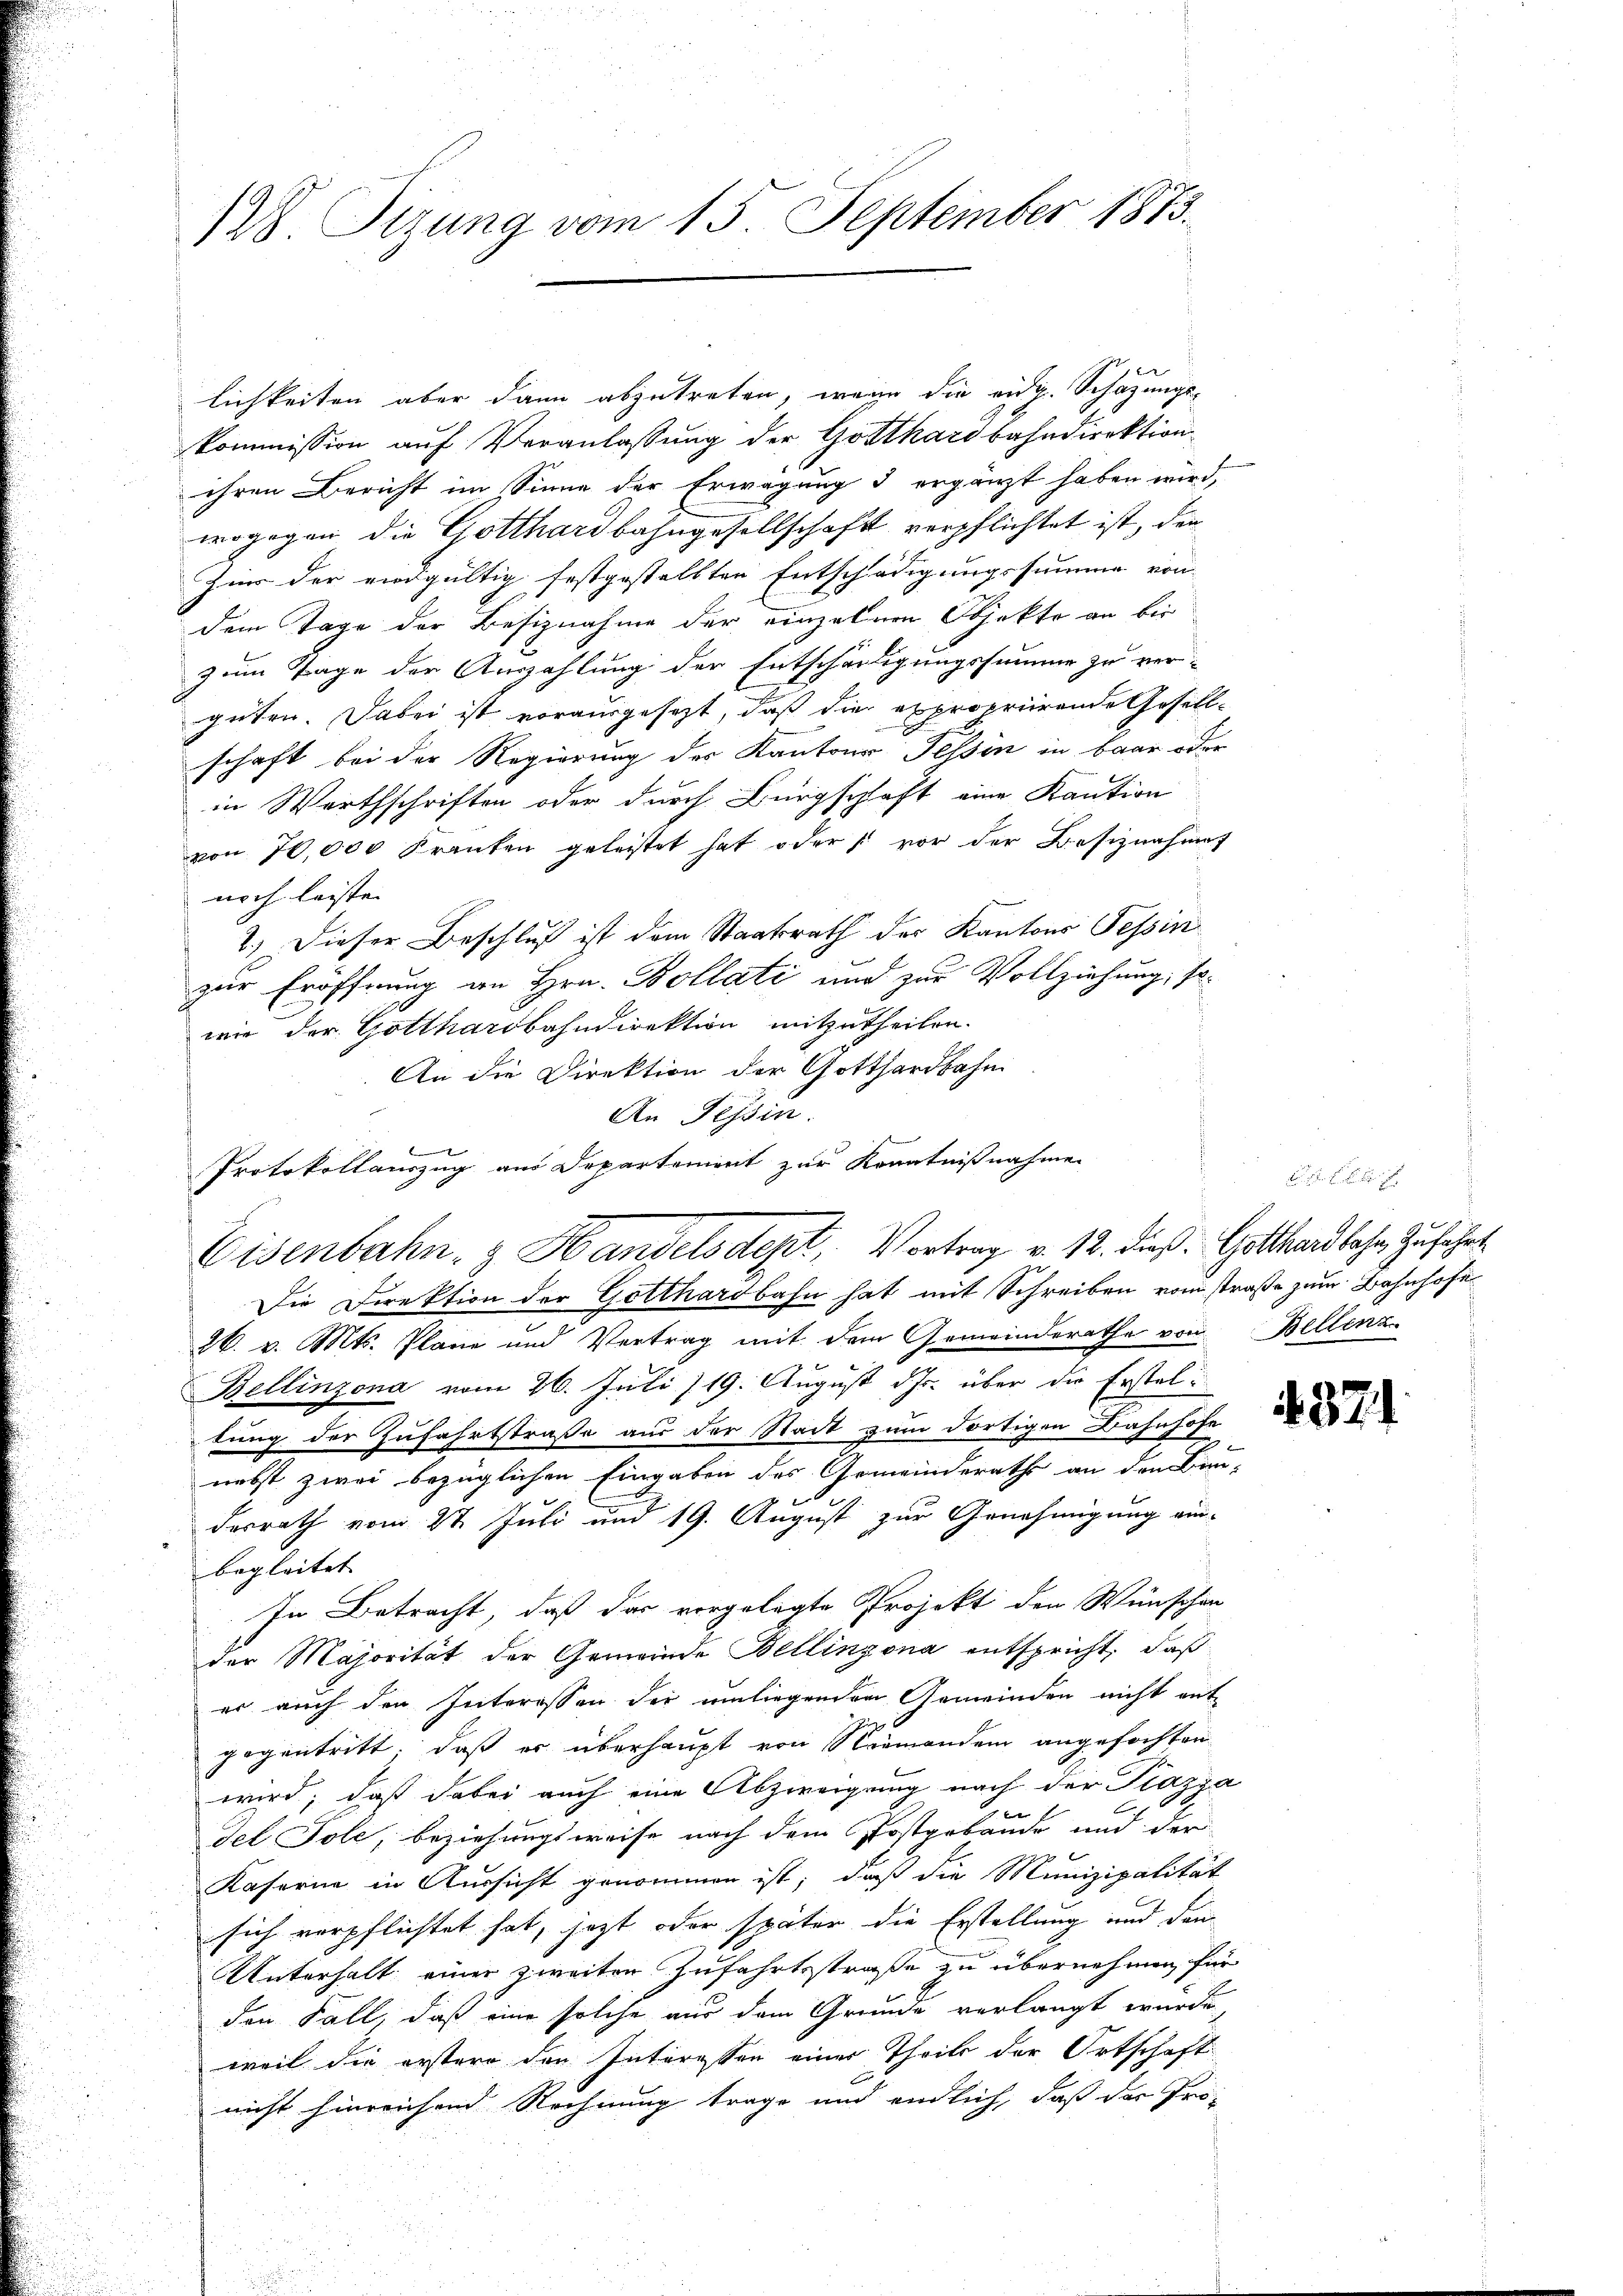
128 Tizung vom 15. September 1873.

lichkeiten aber dann abzutreten, wenn die eidg. Schazungs-
kommission auf Veranlassung der Gotthardbahndirektion
ihren Bericht im Sinne der Erwägung d ergänzt haben wird,
wogegen die Gotthardbahngesellschaft verpflichtet ist, den
Zu der eidgültig festgestellten Entschädigungssumme von
dem Tage der Besiznahme der einzelnen Objekte an bei
zum Tage der Auszahlung der Entschädigungssumme zu ver-
güten. Dabei ist vorausgesezt, daß die expropriirende Gesellschaft bei der Regierung der Kantons Tessin in baar oder
in Wirthschriften oder durch Bürgschaft eine Kaution
von 70,000 Franken geleistet hat oder vor der Besiznahme
noch leisten
2.) Dieser Beschluß ist dem Staatsrath der Kantons Tessin
zur Eröffnung an Hrn. Bollati und zur Vollziehung, sowie der Gotthardbahndirektion mitzutheilen.
An die Direktion der Gotthardbahn
An Tessin.
deiner sich
Protokollauszug aus Departement zur Kenntnißnahme
Die Direktion der Gotthardbahn hat mit Schreiben vom straße zum Bahnhofe
26. v. Mts. Plane und Vertrag mit dem Gemeinderathe von Bellenz
Bellinzona vom 26. Juli /19. August ds. über die Ersteltung der Zufahrtstraße aus der Stadt zum dortigen Bahnhofe
nebst zwei bezüglichen Eingaben des Gemeinderathe an den Bun-
desrath vom 27. Juli und 19. August zur Genehmigung ein-
begleitet
In Betracht, daß das vorgelegte Projekt den Wünschen
der Majorität der Gemeinde Bellinzona entspricht, daß
er auch den Interessen der umliegenden Gemeinden nicht ent-
gegentritt, daß er überhaupt von Niemanden angefochten
wird; daß dabei auch eine Abzweigung nach der Piazza
del Tole, beziehungsweise nach dem Postgebäude und der
Kaserne in Aussicht genommen ist; daß die Munizipalität
sich verpflichtet hat, jetzt oder später die Erstellung und dem
Unterhalt einer zweiten Zufahrtsstraße zu übernehmen, für
den Fall, daß eine solche aus dem Grunde verlangt wurde
weil die erstere den Interessen einer Theils der Ortschaft
nicht hinreichend Rechnung trage und endlich, daß das Pro-

Eisenbahn- & Handelsdept, Vortrag v. 12. dieß. Gotthardbahr Zuführt

371.